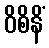
ဝိစိနိံ